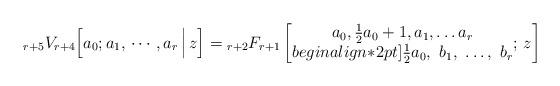
LaTeX: \begin{align*}{}_{r+5}V_{r+4}\Big[a_0; a_1,\,\cdots,a_r\, \Big|\,z\Big]={}_{r+2}F_{r+1}\left[\begin{matrix}a_0, \tfrac{1}{2}a_0+1, a_1, \ldots a_r\\begin{align*}2pt]\tfrac{1}{2}a_0, \ b_1,\ \ldots, \ b_r\end{matrix};\,z \right]\end{align*}